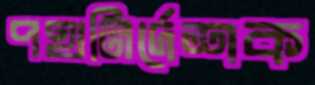
পথনির্দেশক